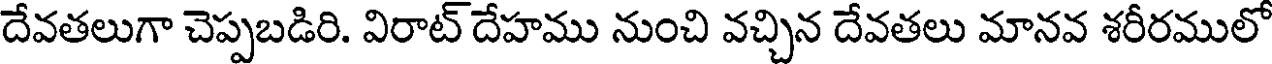
దేవతలుగా చెప్పబడిరి. విరాట్ దేహము నుంచి వచ్చిన దేవతలు మానవ శరీరములో